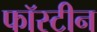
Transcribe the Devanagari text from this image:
फॉस्टीन